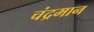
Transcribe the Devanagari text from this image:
चंद्रमान